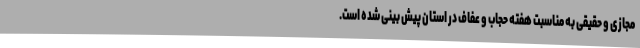
مجازی و حقیقی به مناسبت هفته حجاب و عفاف در استان پیش بینی شده است.